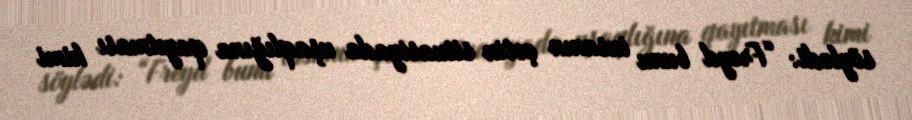
söylədi: “Freyd bunu insanın çətin situasiyada uşaqlığına qayıtması kimi